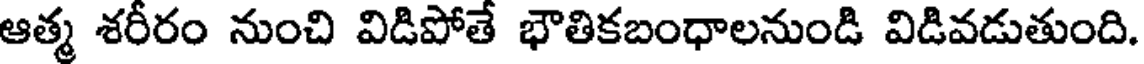
ఆత్మ శరీరం నుంచి విడిపోతే భౌతికబంధాలనుండి విడివడుతుంది.